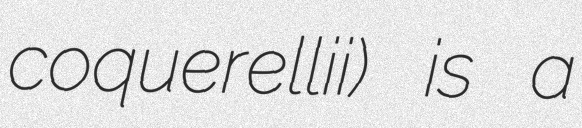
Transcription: coquerellii) is a